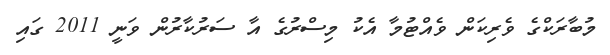
މުބާރަކްގެ ވެރިކަން ވެއްޓުމާ އެކު މިސްރުގެ އާ ސަރުކާރުން ވަނީ 2011 ގައި